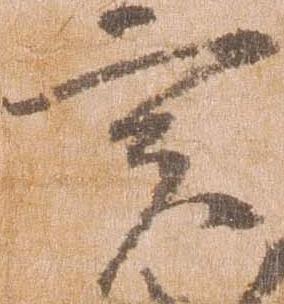
実